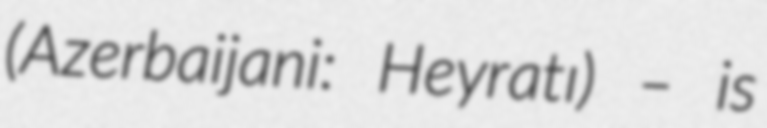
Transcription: (Azerbaijani: Heyratı) – is